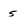
Character: 5